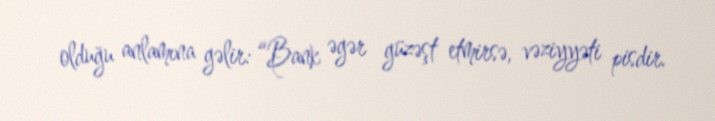
olduğu anlamına gəlir: “Bank əgər güzəşt etmirsə, vəziyyəti pisdir.